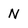
Character: N